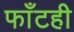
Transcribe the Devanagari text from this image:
फाँटही